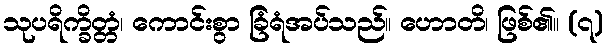
သုပရိက္ခိတ္တံ၊ ကောင်းစွာ ခြံရံအပ်သည်။ ဟောတိ၊ ဖြစ်၏။ (၇)